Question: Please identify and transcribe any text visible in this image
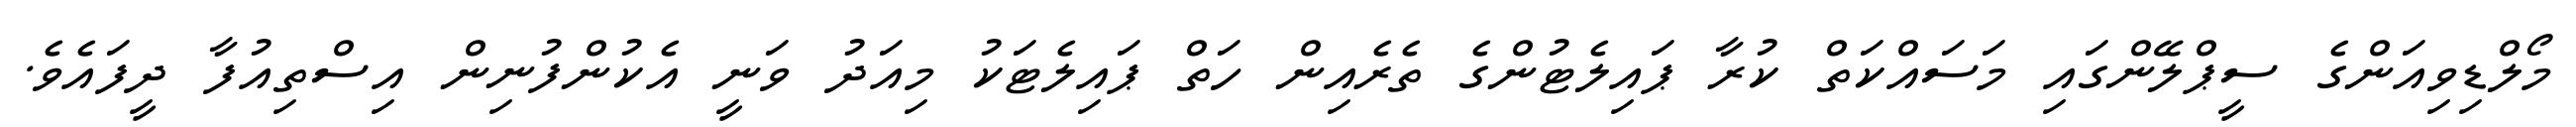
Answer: މޯލްޑިވިއަންގެ ސީޕްލޭންގައި މަސައްކަތް ކުރާ ޕައިލެޓުންގެ ތެރެއިން ހަތް ޕައިލެޓަކު މިއަދު ވަނީ އެކުންފުނިން އިސްތިއުފާ ދީފައެވެ.